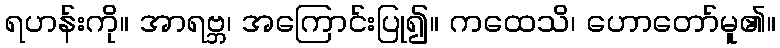
ရဟန်းကို။ အာရဗ္ဘ၊ အကြောင်းပြု၍။ ကထေသိ၊ ဟောတော်မူ၏။